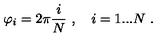
\varphi _ { i } = 2 \pi \frac { i } { N } \ , \quad i = 1 . . . N \ .